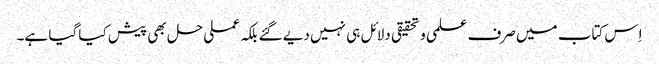
اِس کتاب میں صرف علمی و تحقیقی دلائل ہی نہیں دیے گئے بلکہ عملی حل بھی پیش کیا گیا ہے۔